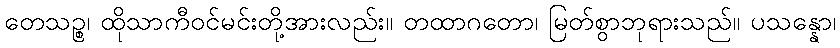
တေသဉ္စ၊ ထိုသာကီဝင်မင်းတို့အားလည်း။ တထာဂတော၊ မြတ်စွာဘုရားသည်။ ပသန္နော၊